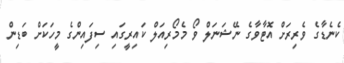
ކެނެޑާގެ ވެރިރަށް އޮޓާވާގެ ނޭޝަނަލް ވޯ މެމޯރިއަލް ކައިރީގައި ސިފައިންގެ މީހަކަށް ބަޑިން